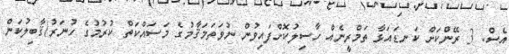
އެސް. 3 ރޭންކަށް ކަނޑައަޅާ ތަމްރީނެއް ހާސިލުކޮށްފައިވުން ނުވަތަމަޤާމުގެ މަސައްކަތް ކުރުމުގެ ހުނަރު/ޤާބިލުކަން